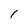
Character: 1